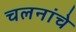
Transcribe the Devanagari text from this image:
चलनांचे